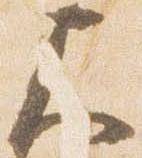
尺